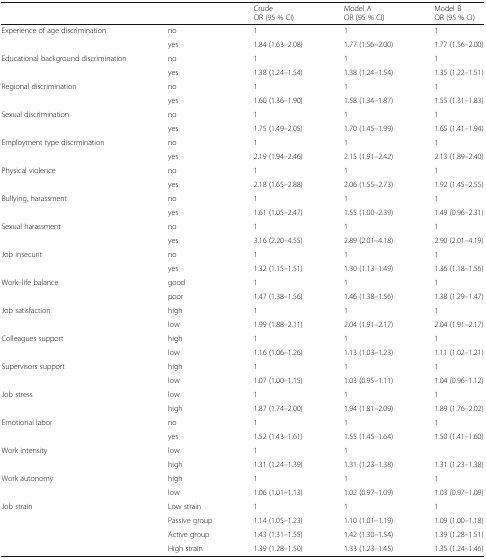
<table><thead><tr><td colspan="2"></td><td><b>CrudeOR (95 % CI)</b></td><td><b>Model AOR (95 % CI)</b></td><td><b>Model BOR (95 % CI)</b></td></tr></thead><tbody><tr><td rowspan="2">Experience of age discrimination</td><td>no</td><td>1</td><td>1</td><td>1</td></tr><tr><td>yes</td><td>1.84 (1.63–2.08)</td><td>1.77 (1.56–2.00)</td><td>1.77 (1.56–2.00)</td></tr><tr><td rowspan="2">Educational background discrimination</td><td>no</td><td>1</td><td>1</td><td>1</td></tr><tr><td>yes</td><td>1.38 (1.24–1.54)</td><td>1.38 (1.24–1.54)</td><td>1.35 (1.22–1.51)</td></tr><tr><td rowspan="2">Regional discrimination</td><td>no</td><td>1</td><td>1</td><td>1</td></tr><tr><td>yes</td><td>1.60 (1.36–1.90)</td><td>1.58 (1.34–1.87)</td><td>1.55 (1.31–1.83)</td></tr><tr><td rowspan="2">Sexual discrimination</td><td>no</td><td>1</td><td>1</td><td>1</td></tr><tr><td>yes</td><td>1.75 (1.49–2.05)</td><td>1.70 (1.45–1.99)</td><td>1.65 (1.41–1.94)</td></tr><tr><td rowspan="2">Employment type discrmination</td><td>no</td><td>1</td><td>1</td><td>1</td></tr><tr><td>yes</td><td>2.19 (1.94–2.46)</td><td>2.15 (1.91–2.42)</td><td>2.13 (1.89–2.40)</td></tr><tr><td rowspan="2">Physical violence</td><td>no</td><td>1</td><td>1</td><td>1</td></tr><tr><td>yes</td><td>2.18 (1.65–2.88)</td><td>2.06 (1.55–2.73)</td><td>1.92 (1.45–2.55)</td></tr><tr><td rowspan="2">Bullying, harassment</td><td>no</td><td>1</td><td>1</td><td>1</td></tr><tr><td>yes</td><td>1.61 (1.05–2.47)</td><td>1.55 (1.00–2.39)</td><td>1.49 (0.96–2.31)</td></tr><tr><td rowspan="2">Sexual harassment</td><td>no</td><td>1</td><td>1</td><td>1</td></tr><tr><td>yes</td><td>3.16 (2.20–4.55)</td><td>2.89 (2.01–4.18)</td><td>2.90 (2.01–4.19)</td></tr><tr><td rowspan="2">Job insecurit</td><td>no</td><td>1</td><td>1</td><td>1</td></tr><tr><td>yes</td><td>1.32 (1.15–1.51)</td><td>1.30 (1.13–1.49)</td><td>1.36 (1.18–1.56)</td></tr><tr><td rowspan="2">Work–life balance</td><td>good</td><td>1</td><td>1</td><td>1</td></tr><tr><td>poor</td><td>1.47 (1.38–1.56)</td><td>1.46 (1.38–1.56)</td><td>1.38 (1.29–1.47)</td></tr><tr><td rowspan="2">Job satisfaction</td><td>high</td><td>1</td><td>1</td><td>1</td></tr><tr><td>low</td><td>1.99 (1.88–2.11)</td><td>2.04 (1.91–2.17)</td><td>2.04 (1.91–2.17)</td></tr><tr><td rowspan="2">Colleagues support</td><td>high</td><td>1</td><td>1</td><td>1</td></tr><tr><td>low</td><td>1.16 (1.06–1.26)</td><td>1.13 (1.03–1.23)</td><td>1.11 (1.02–1.21)</td></tr><tr><td rowspan="2">Supervisors support</td><td>high</td><td>1</td><td>1</td><td>1</td></tr><tr><td>low</td><td>1.07 (1.00–1.15)</td><td>1.03 (0.95–1.11)</td><td>1.04 (0.96–1.12)</td></tr><tr><td rowspan="2">Job stress</td><td>low</td><td>1</td><td>1</td><td>1</td></tr><tr><td>high</td><td>1.87 (1.74–2.00)</td><td>1.94 (1.81–2.09)</td><td>1.89 (1.76–2.02)</td></tr><tr><td rowspan="2">Emotional labor</td><td>no</td><td>1</td><td>1</td><td>1</td></tr><tr><td>yes</td><td>1.52 (1.43–1.61)</td><td>1.55 (1.45–1.64)</td><td>1.50 (1.41–1.60)</td></tr><tr><td rowspan="2">Work intensity</td><td>low</td><td>1</td><td>1</td><td></td></tr><tr><td>high</td><td>1.31 (1.24–1.39)</td><td>1.31 (1.23–1.38)</td><td>1.31 (1.23–1.38)</td></tr><tr><td rowspan="2">Work autonomy</td><td>high</td><td>1</td><td>1</td><td>1</td></tr><tr><td>low</td><td>1.06 (1.01–1.13)</td><td>1.02 (0.97–1.09)</td><td>1.03 (0.97–1.09)</td></tr><tr><td rowspan="4">Job strain</td><td>Low strain</td><td>1</td><td>1</td><td>1</td></tr><tr><td>Passive group</td><td>1.14 (1.05–1.23)</td><td>1.10 (1.01–1.19)</td><td>1.09 (1.00–1.18)</td></tr><tr><td>Active group</td><td>1.43 (1.31–1.55)</td><td>1.42 (1.30–1.54)</td><td>1.39 (1.28–1.51)</td></tr><tr><td>High strain</td><td>1.39 (1.28–1.50)</td><td>1.33 (1.23–1.45)</td><td>1.35 (1.24–1.46)</td></tr></tbody></table>